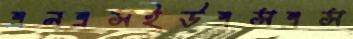
এনএসইউএসএস